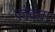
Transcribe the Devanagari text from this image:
फौवारा